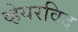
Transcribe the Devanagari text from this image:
व्हेयरविद